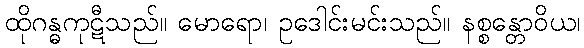
ထိုဂန္ဓကုဋီသည်။ မောရော၊ ဥဒေါင်းမင်းသည်။ နစ္စန္တောဝိယ၊